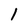
Character: 1